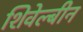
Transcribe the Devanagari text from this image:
शिवेल्बीन